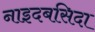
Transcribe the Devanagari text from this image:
नाइदबसिदा